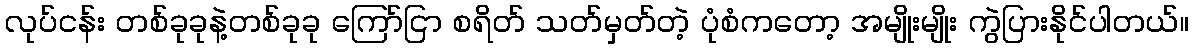
လုပ်ငန်း တစ်ခုခုနဲ့တစ်ခုခု ကြော်ငြာ စရိတ် သတ်မှတ်တဲ့ ပုံစံကတော့ အမျိုးမျိုး ကွဲပြားနိုင်ပါတယ်။